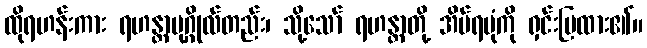
ထိုရဟန်းကား ရဟန္တာပုဂ္ဂိုလ်တည်း၊ သို့သော် ရဟန္တာတို့ အိပ်ရပုံကို ရှင်းပြထား၏။